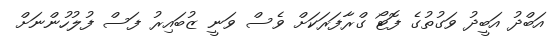
އަބްދު އަބީދު ވަގުތުގެ ފޮޓޯ ގްރާފަރަކަށް ވެސް ވަނީ ޒުބައިރު ފަސް ފުލުހުންނަށް